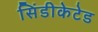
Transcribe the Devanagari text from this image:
सिंडीकेटेड